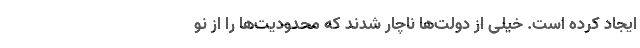
ایجاد کرده است. خیلی از دولت‌ها ناچار شدند که محدودیت‌ها را از نو